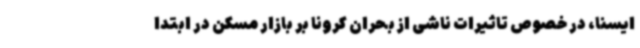
ایسنا، در خصوص تاثیرات ناشی از بحران کرونا بر بازار مسکن در ابتدا